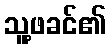
သူ့ဖခင်၏